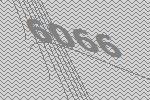
6066